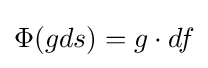
\Phi (gds)=g\cdot df